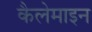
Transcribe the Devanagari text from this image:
कैलेमाइन